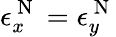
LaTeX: \epsilon_{x}^{\mathrm{~N~}}=\epsilon_{y}^{\mathrm{~N~}}